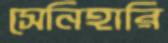
সেনিহারি